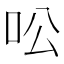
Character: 㕬